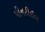
પીનટીઈલ